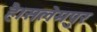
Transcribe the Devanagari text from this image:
है।सलेमपुर